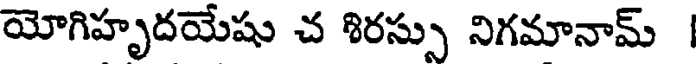
యోగిహృదయేషు చ శిరస్సు నిగమానామ్